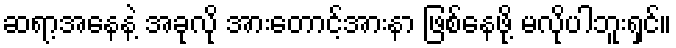
ဆရာ့အနေနဲ့ အခုလို အားတောင့်အားနာ ဖြစ်နေဖို့ မလိုပါဘူးရှင်။